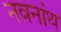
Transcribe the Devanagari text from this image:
नवनांथ